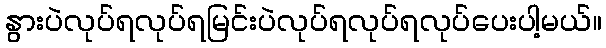
နွားပဲလုပ်ရလုပ်ရမြင်းပဲလုပ်ရလုပ်ရလုပ်ပေးပါ့မယ်။